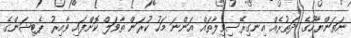
ނަތަންޔާހޫގެ ދަތުރެއް އިނގިރޭސިވިލާތައް އަންނަ މަހު ކުރަން ތާވަލް ކޮށްފައި ވާއިރު ޕެޓިޝަންގެ